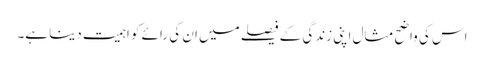
اس کی واضح مثال اپنی زندگی کے فیصلے میں ان کی رائے کو اہمیت دینا ہے۔